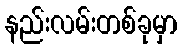
နည်းလမ်းတစ်ခုမှာ